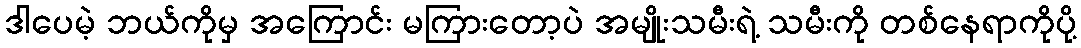
ဒါပေမဲ့ ဘယ်ကိုမှ အကြောင်း မကြားတော့ပဲ အမျိုးသမီးရဲ့ သမီးကို တစ်နေရာကိုပို့